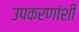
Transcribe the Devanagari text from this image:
उपकरणांशी